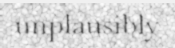
unplausibly